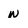
Character: w